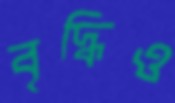
বৃদ্ধিও